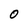
Character: 0